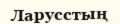
Ларусстың